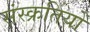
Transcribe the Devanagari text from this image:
संस्क्रतियों